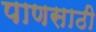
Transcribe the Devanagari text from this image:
पाणसाठी